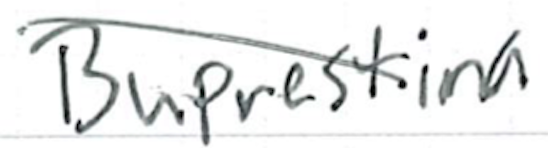
Text: Buprestina
Cross-out: diagonal
Writing tool: ballpoint